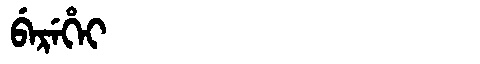
Manchu: ᠪᡝᡵᡝᡥᡝᡳ
Romanization: BEREHEI